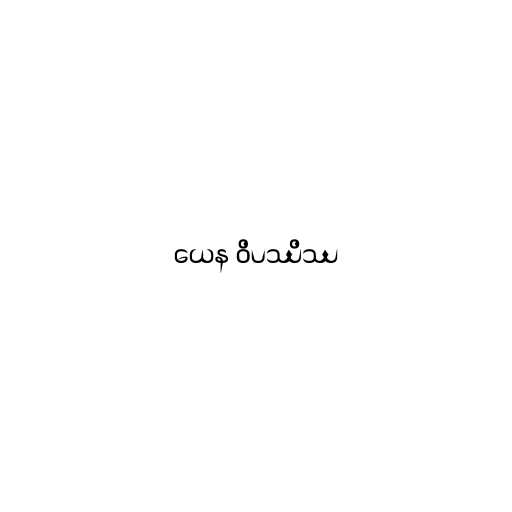
ယေန ဝိပဿိဿ